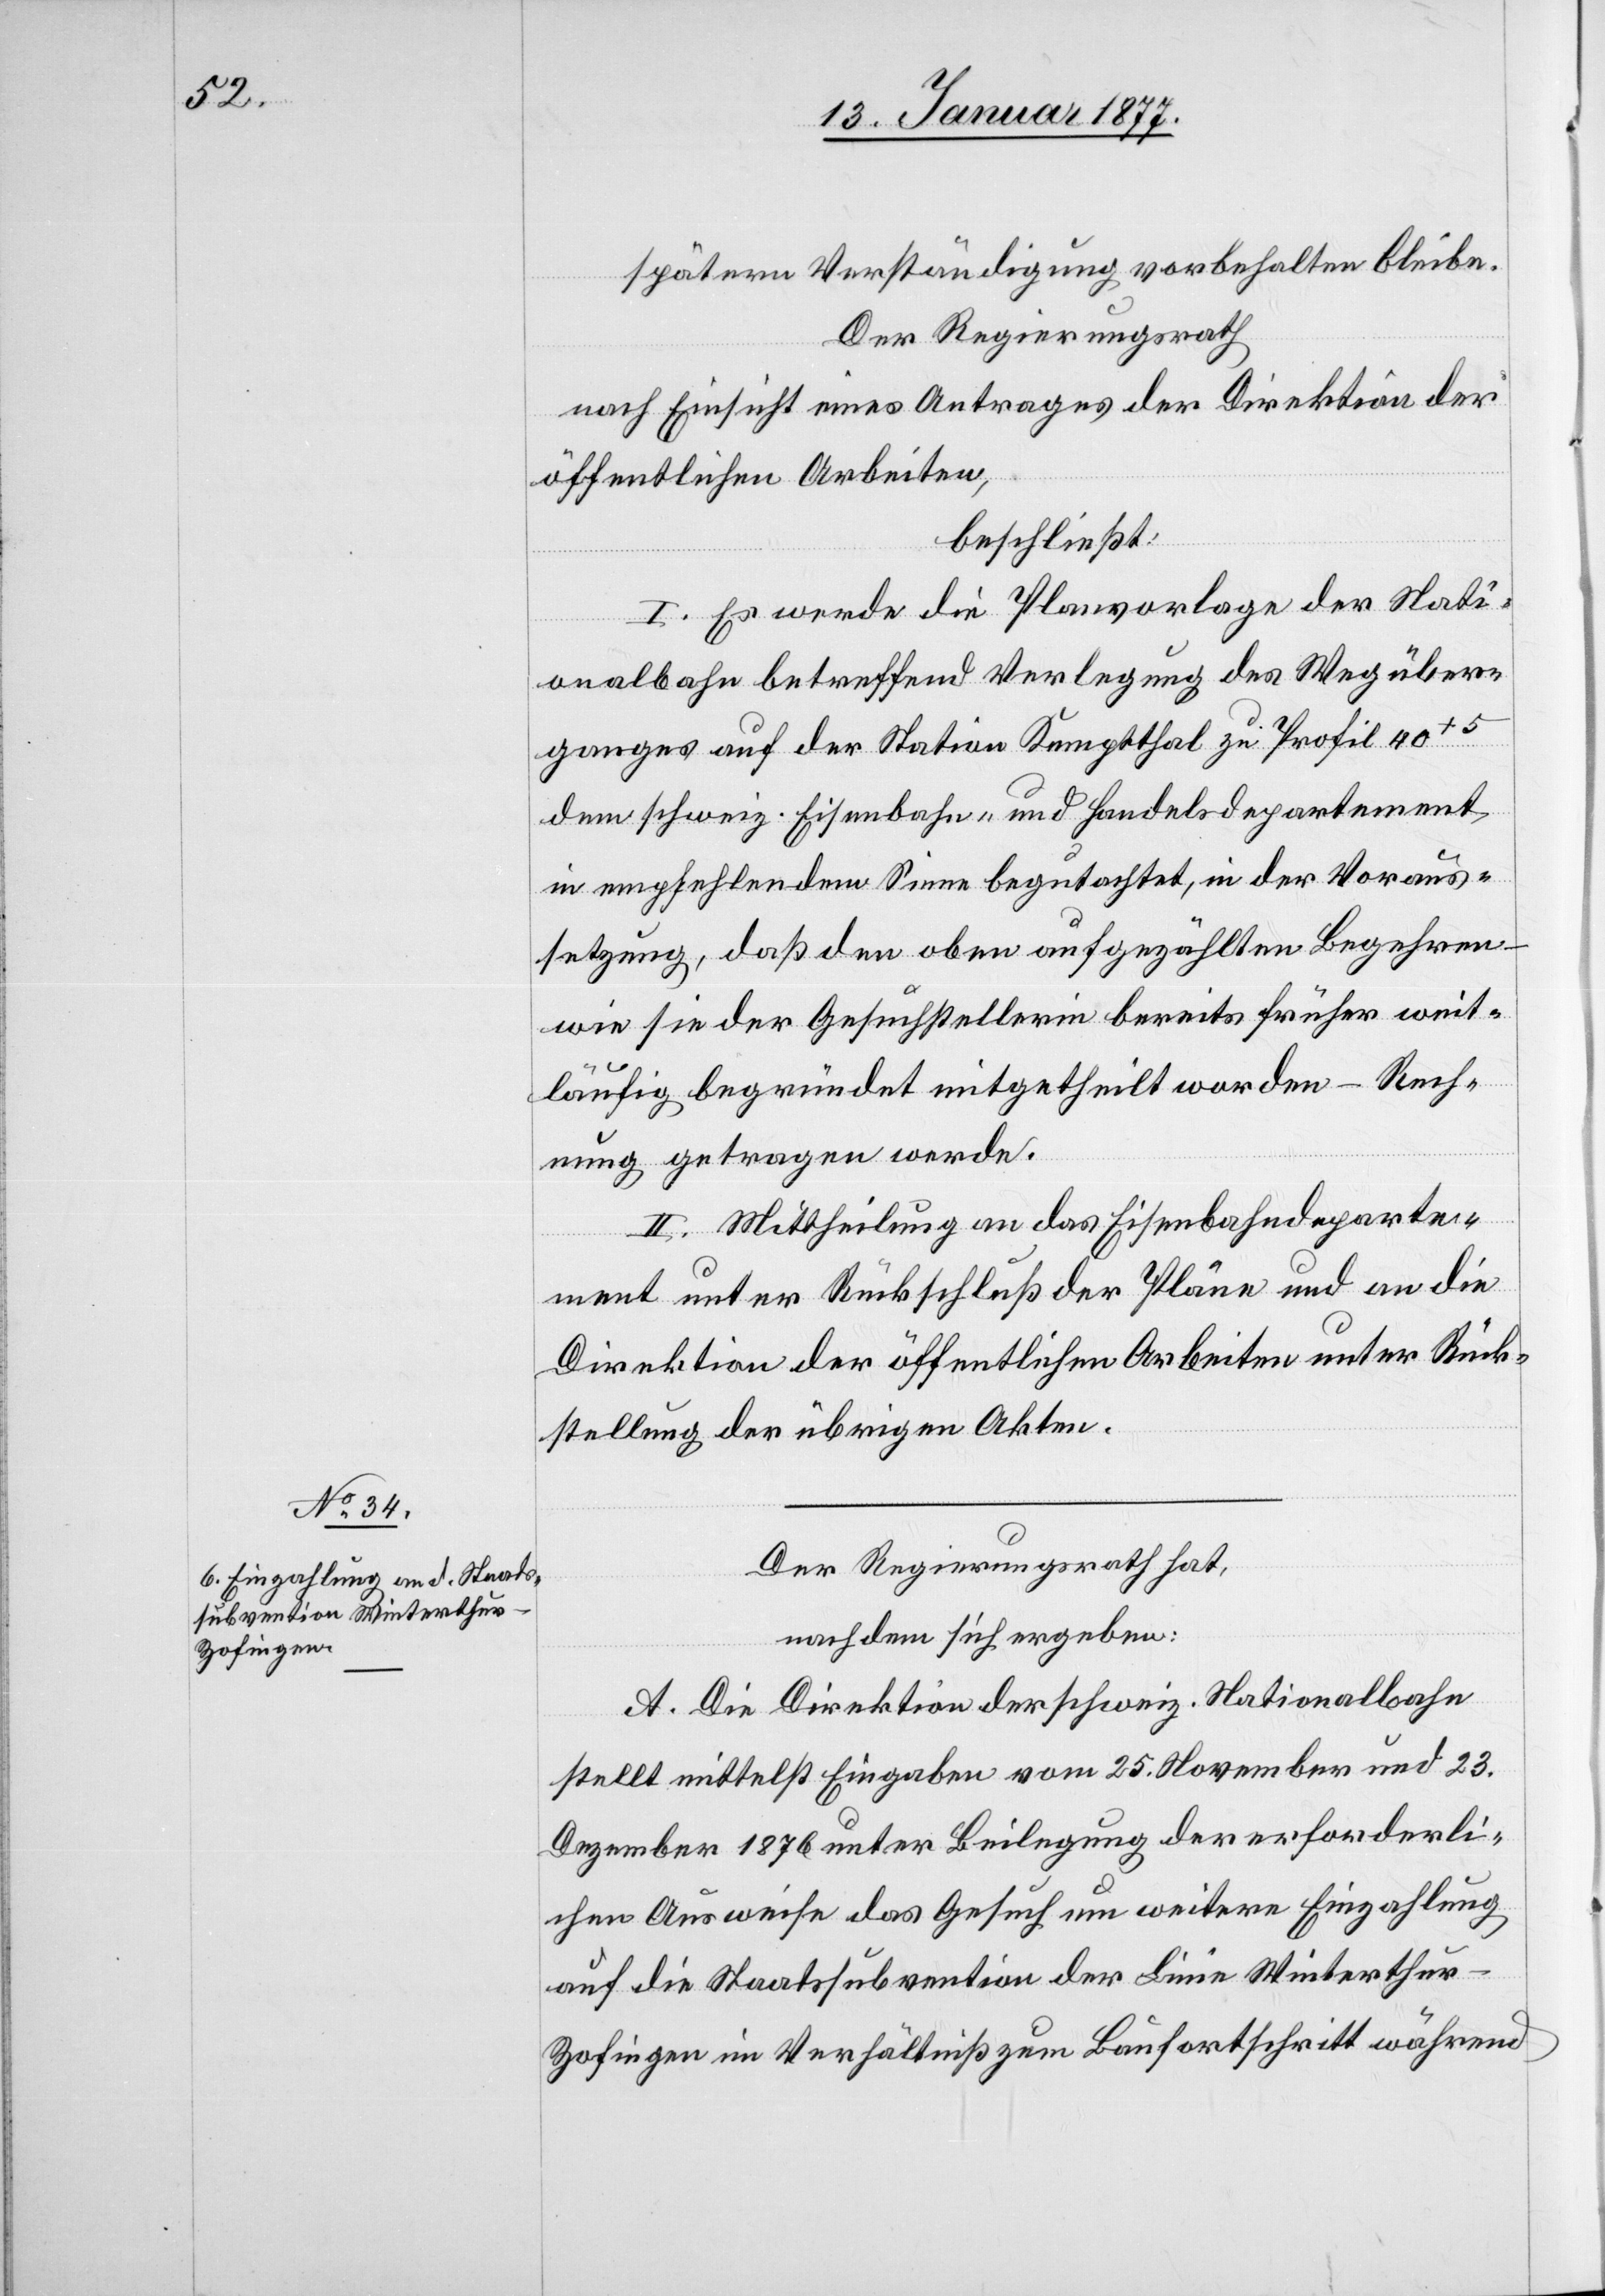
späteren Verständigung vorbehalten bleibe.
Der Regierungsrath
nach Einsicht eines Antrages der Direktion der
öffentlichen Arbeiten,
beschließt:
I. Es werde die Planvorlage der Nati¬
onalbahn betreffend Verlegung des Wegüber¬
ganges auf der Station Kemptthal zu Profil 40+5
dem schweiz. Eisenbahn- und Handelsdepartement
in empfehlendem Sinne begutachtet, in der Voraus¬
setzung, daß den oben aufgezählten Begehren
wie sie der Gesuchstellerin bereits früher weit¬
läufig begründet mitgetheilt worden – Rech¬
nung getragen werde.
II. Mittheilung an das Eisenbahndeparte¬
ment unter Rückschluß der Pläne und an die
Direktion der öffentlichen Arbeiten unter Rück¬
stellung der übrigen Akten.
Der Regierungsrath hat,
nachdem sich ergeben:
A. Die Direktion der schweiz. Nationalbahn
stellt mittelst Eingabe vom 25. November und 23.
Dezember 1876 unter Beilegung der erforderli¬
chen Ausweise das Gesuch um weitere Einzahlung
auf die Staatssubvention der Linie Winterthu¬
r–Zofingen im Verhältniß zum Baufortschritt während